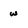
Character: w